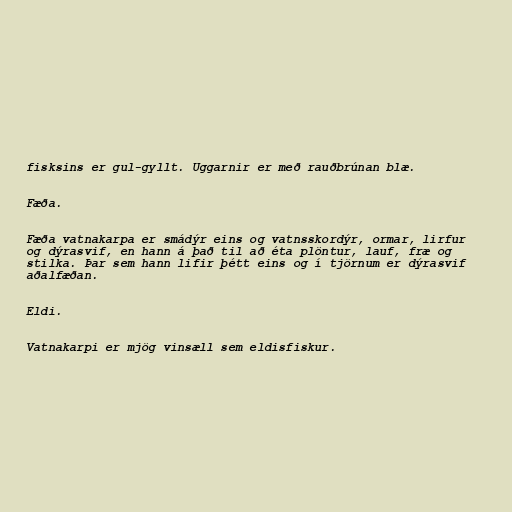
fisksins er gul-gyllt. Uggarnir er með rauðbrúnan blæ.

Fæða.

Fæða vatnakarpa er smádýr eins og vatnsskordýr, ormar, lirfur
og dýrasvif, en hann á það til að éta plöntur, lauf, fræ og
stilka. Þar sem hann lifir þétt eins og í tjörnum er dýrasvif
aðalfæðan.

Eldi.

Vatnakarpi er mjög vinsæll sem eldisfiskur.